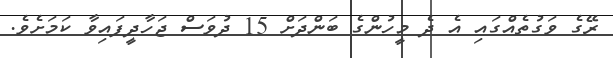
ރޭގެ ވަގުތެއްގައި އެ ދެ މީހުންގެ ބަންދަށް 15 ދުވަސް ޖަހާދީފައިވާ ކަމަށެވެ.